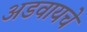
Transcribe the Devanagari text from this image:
अडवायचे